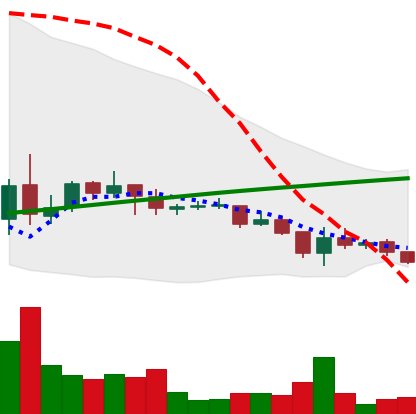
Ticker: DOGE-USD
Chart end date: 2021-07-13
Forward return: -8.885%
Label: down_7plus